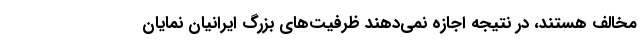
مخالف هستند، در نتیجه اجازه نمی‌دهند ظرفیت‌های بزرگ ایرانیان نمایان